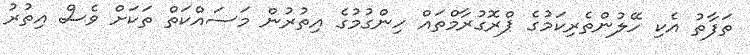
ތަފާތު އެކި ހޭލުންތެރިކަމުގެ ޕްރޮގުރާމްތައް ހިންގުމުގެ އިތުރުން މަސައްކަތް ތަކަށް ވެސް އިތުރު